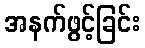
အနက်ဖွင့်ခြင်း